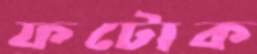
ফটোক